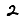
Digit: 2